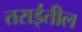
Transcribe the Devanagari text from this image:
तराईतील